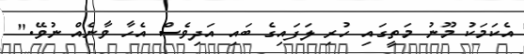
އެކަމަކު މޫނު މަތީގައި ހުރި ލަފައިގެ ބައި އަދިވެސް އެހާ ވާނެއް ނުވޭ."